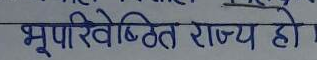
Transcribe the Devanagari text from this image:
भूपरिवेष्टित राज्य हो।